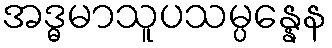
အဒ္ဓမာသူပသမ္ပန္နေန